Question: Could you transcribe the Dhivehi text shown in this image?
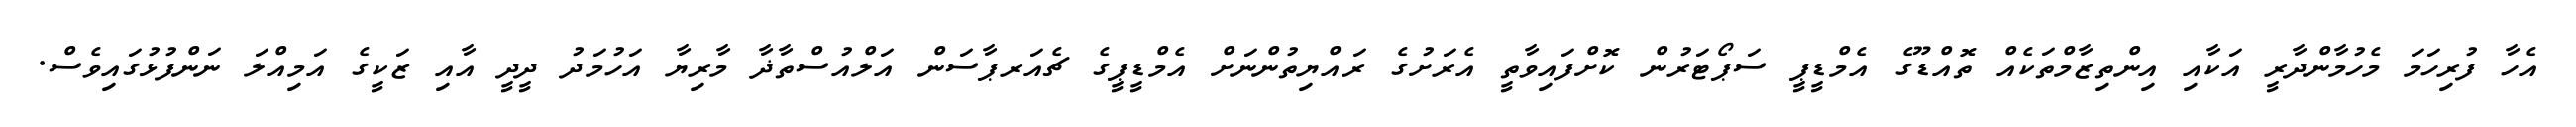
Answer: އެހާ ފުރިހަމަ މެހުމާންދާރީ އަކާއި އިންތިޒާމްތަކެއް ތޮއްޑޫގެ އެމްޑީޕީ ސަޕޯޓަރުން ކޮށްފައިވާތީ އެރަށުގެ ރައްޔިތުންނަށް އެމްޑީޕީގެ ޗެއަރޕާސަން އަލްއުސްތާޛާ މާރިޔާ އަހުމަދު ދީދީ އާއި ޒަކީގެ އަމިއްލަ ނަންފުޅުގައިވެސް.